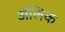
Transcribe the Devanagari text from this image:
अॅलिक